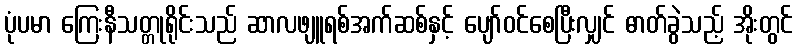
ပုံပမာ ကြေးနီသတ္တုရိုင်းသည် ဆာလဖျူရစ်အက်ဆစ်နှင့် ပျော်ဝင်စေပြီးလျှင် ဓာတ်ခွဲသည့် အိုးတွင်